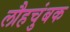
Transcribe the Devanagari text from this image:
लौहचुंबक